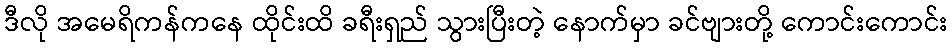
ဒီလို အမေရိကန်ကနေ ထိုင်းထိ ခရီးရှည် သွားပြီးတဲ့ နောက်မှာ ခင်ဗျားတို့ ကောင်းကောင်း